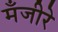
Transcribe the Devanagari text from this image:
मँजीरे